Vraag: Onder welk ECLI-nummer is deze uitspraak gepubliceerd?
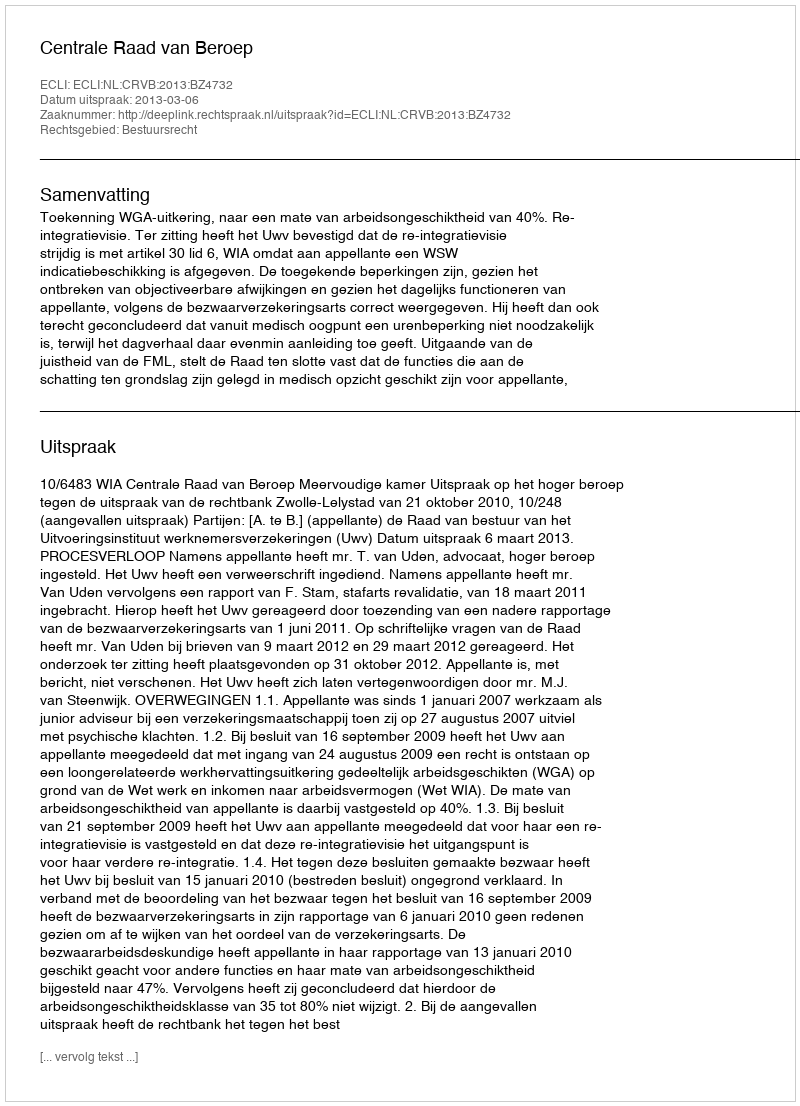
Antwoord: ECLI:NL:CRVB:2013:BZ4732